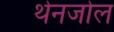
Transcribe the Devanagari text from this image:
थेनजोल